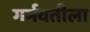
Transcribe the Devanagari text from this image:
गर्मवतीला